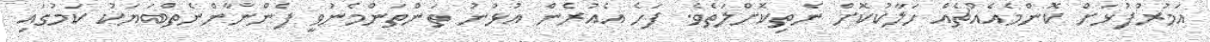
އަމުރުފުޅަށް ކޮންމެއެއްޗެއް ހަލާކުކޮށް ނެތިކޮށްލަތެވެ. ފަހެ އެއުރެން އުޅުނު ތަންތަންމެނުވީ ފެންނާންނެތްބަޔަކު ކަމުގައި